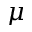
\mu